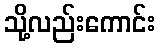
သို့လည်းကောင်း